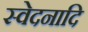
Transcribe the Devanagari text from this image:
स्वेदनादि